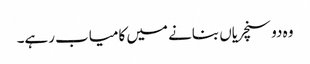
وہ دو سنچریاں بنانے میں کامیاب رہے۔